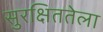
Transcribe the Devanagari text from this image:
सुरक्षिततेला